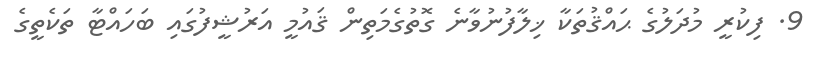
9. ފިކުރީ މުދަލުގެ ޙައްޤުތަކާ ޚިލާފުނުވާނެ ގޮތުގެމަތިން ޤައުމީ އަރުޝީފުގައި ބަހައްޓާ ތަކެތީގެ